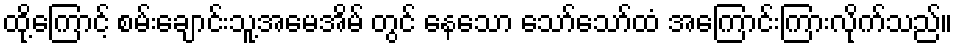
ထို့ကြောင့် စမ်းချောင်းသူ့အမေအိမ် တွင် နေသော သော်သော်ထံ အကြောင်းကြားလိုက်သည်။